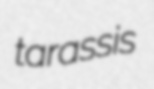
tarassis